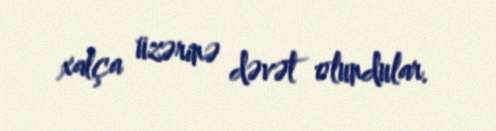
xalça üzərinə dəvət olundular.